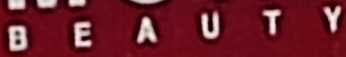
BEAUTY